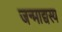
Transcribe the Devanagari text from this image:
जन्माद्यस्य